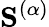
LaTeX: \mathbf{S}^{(\alpha)}